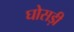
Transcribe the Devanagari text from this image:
घोसड़ी